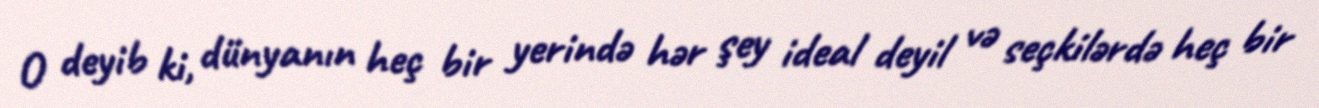
O deyib ki, dünyanın heç bir yerində hər şey ideal deyil və seçkilərdə heç bir